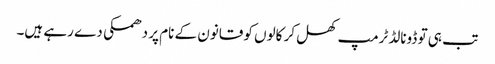
تب ہی تو ڈونالڈ ٹرمپ کھل کر کالوں کو قانون کے نام پر دھمکی دے رہے ہیں۔